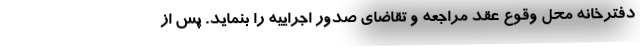
دفترخانه محل وقوع عقد مراجعه و تقاضای صدور اجراییه را بنماید. پس از